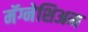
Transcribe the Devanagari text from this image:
मॅग्नेशिअम